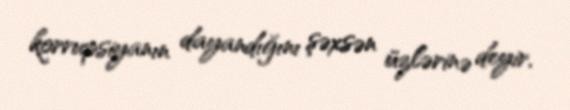
korrupsiyanın dayandığını şəxsən üzlərinə deyir.